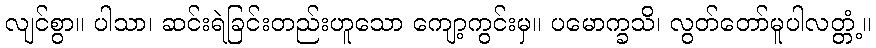
လျင်စွာ။ ပါသာ၊ ဆင်းရဲခြင်းတည်းဟူသော ကျော့ကွင်းမှ။ ပမောက္ခသိ၊ လွတ်တော်မူပါလတ္တံ့။